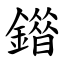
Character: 䥘